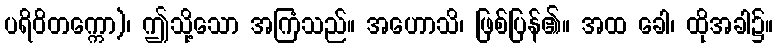
ပရိဝိတက္ကော)၊ ဤသို့သော အကြံသည်။ အဟောသိ၊ ဖြစ်ပြန်၏။ အထ ခေါ၊ ထိုအခါ၌။